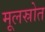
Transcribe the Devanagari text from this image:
मूलस्रोत